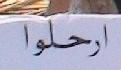
ارحلوا